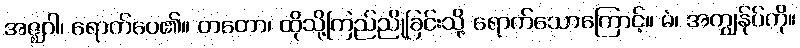
အဇ္ဈဂါ၊ ရောက်ပေ၏။ တတော၊ ထိုသို့ကြည်ညိုခြင်းသို့ ရောက်သောကြောင့်။ မံ၊ အကျွန်ုပ်ကို။